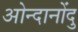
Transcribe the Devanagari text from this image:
ओन्दानोंदु